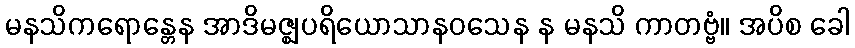
မနသိကရောန္တေန အာဒိမဇ္ဈပရိယောသာနဝသေန န မနသိ ကာတဗ္ဗံ။ အပိစ ခေါ